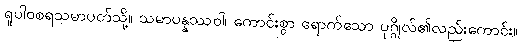
ရူပါဝစရသမာပတ်သို့။ သမာပန္နဿဝါ၊ ကောင်းစွာ ရောက်သော ပုဂ္ဂိုလ်၏လည်းကောင်း။